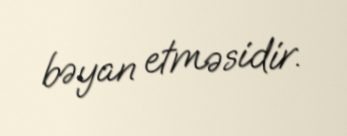
bəyan etməsidir.